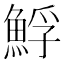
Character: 䱐